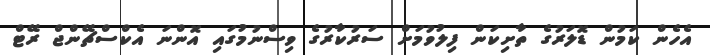
އެހެން ކަމުން ޑޮލަރުގެ ތާށިކަން ފިލުވުމަށް ސަރުކާރުގެ ވިސްނުމުގައި އޮންނަ އެކްސްޗޭންޖް ރޭޓް